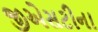
જીએસટીના